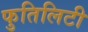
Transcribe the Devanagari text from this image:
फुतिलिटी